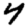
Digit: 4